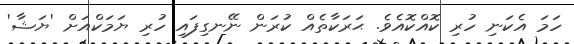
ހަމަ އެކަނި ހުރި ކޮއްކޮއެވެ. ޙަރަކާތެއް ކުރަން ނޭނގިފައި ހުރި ޔަމަކްއަށް 'ޔަޝާ'